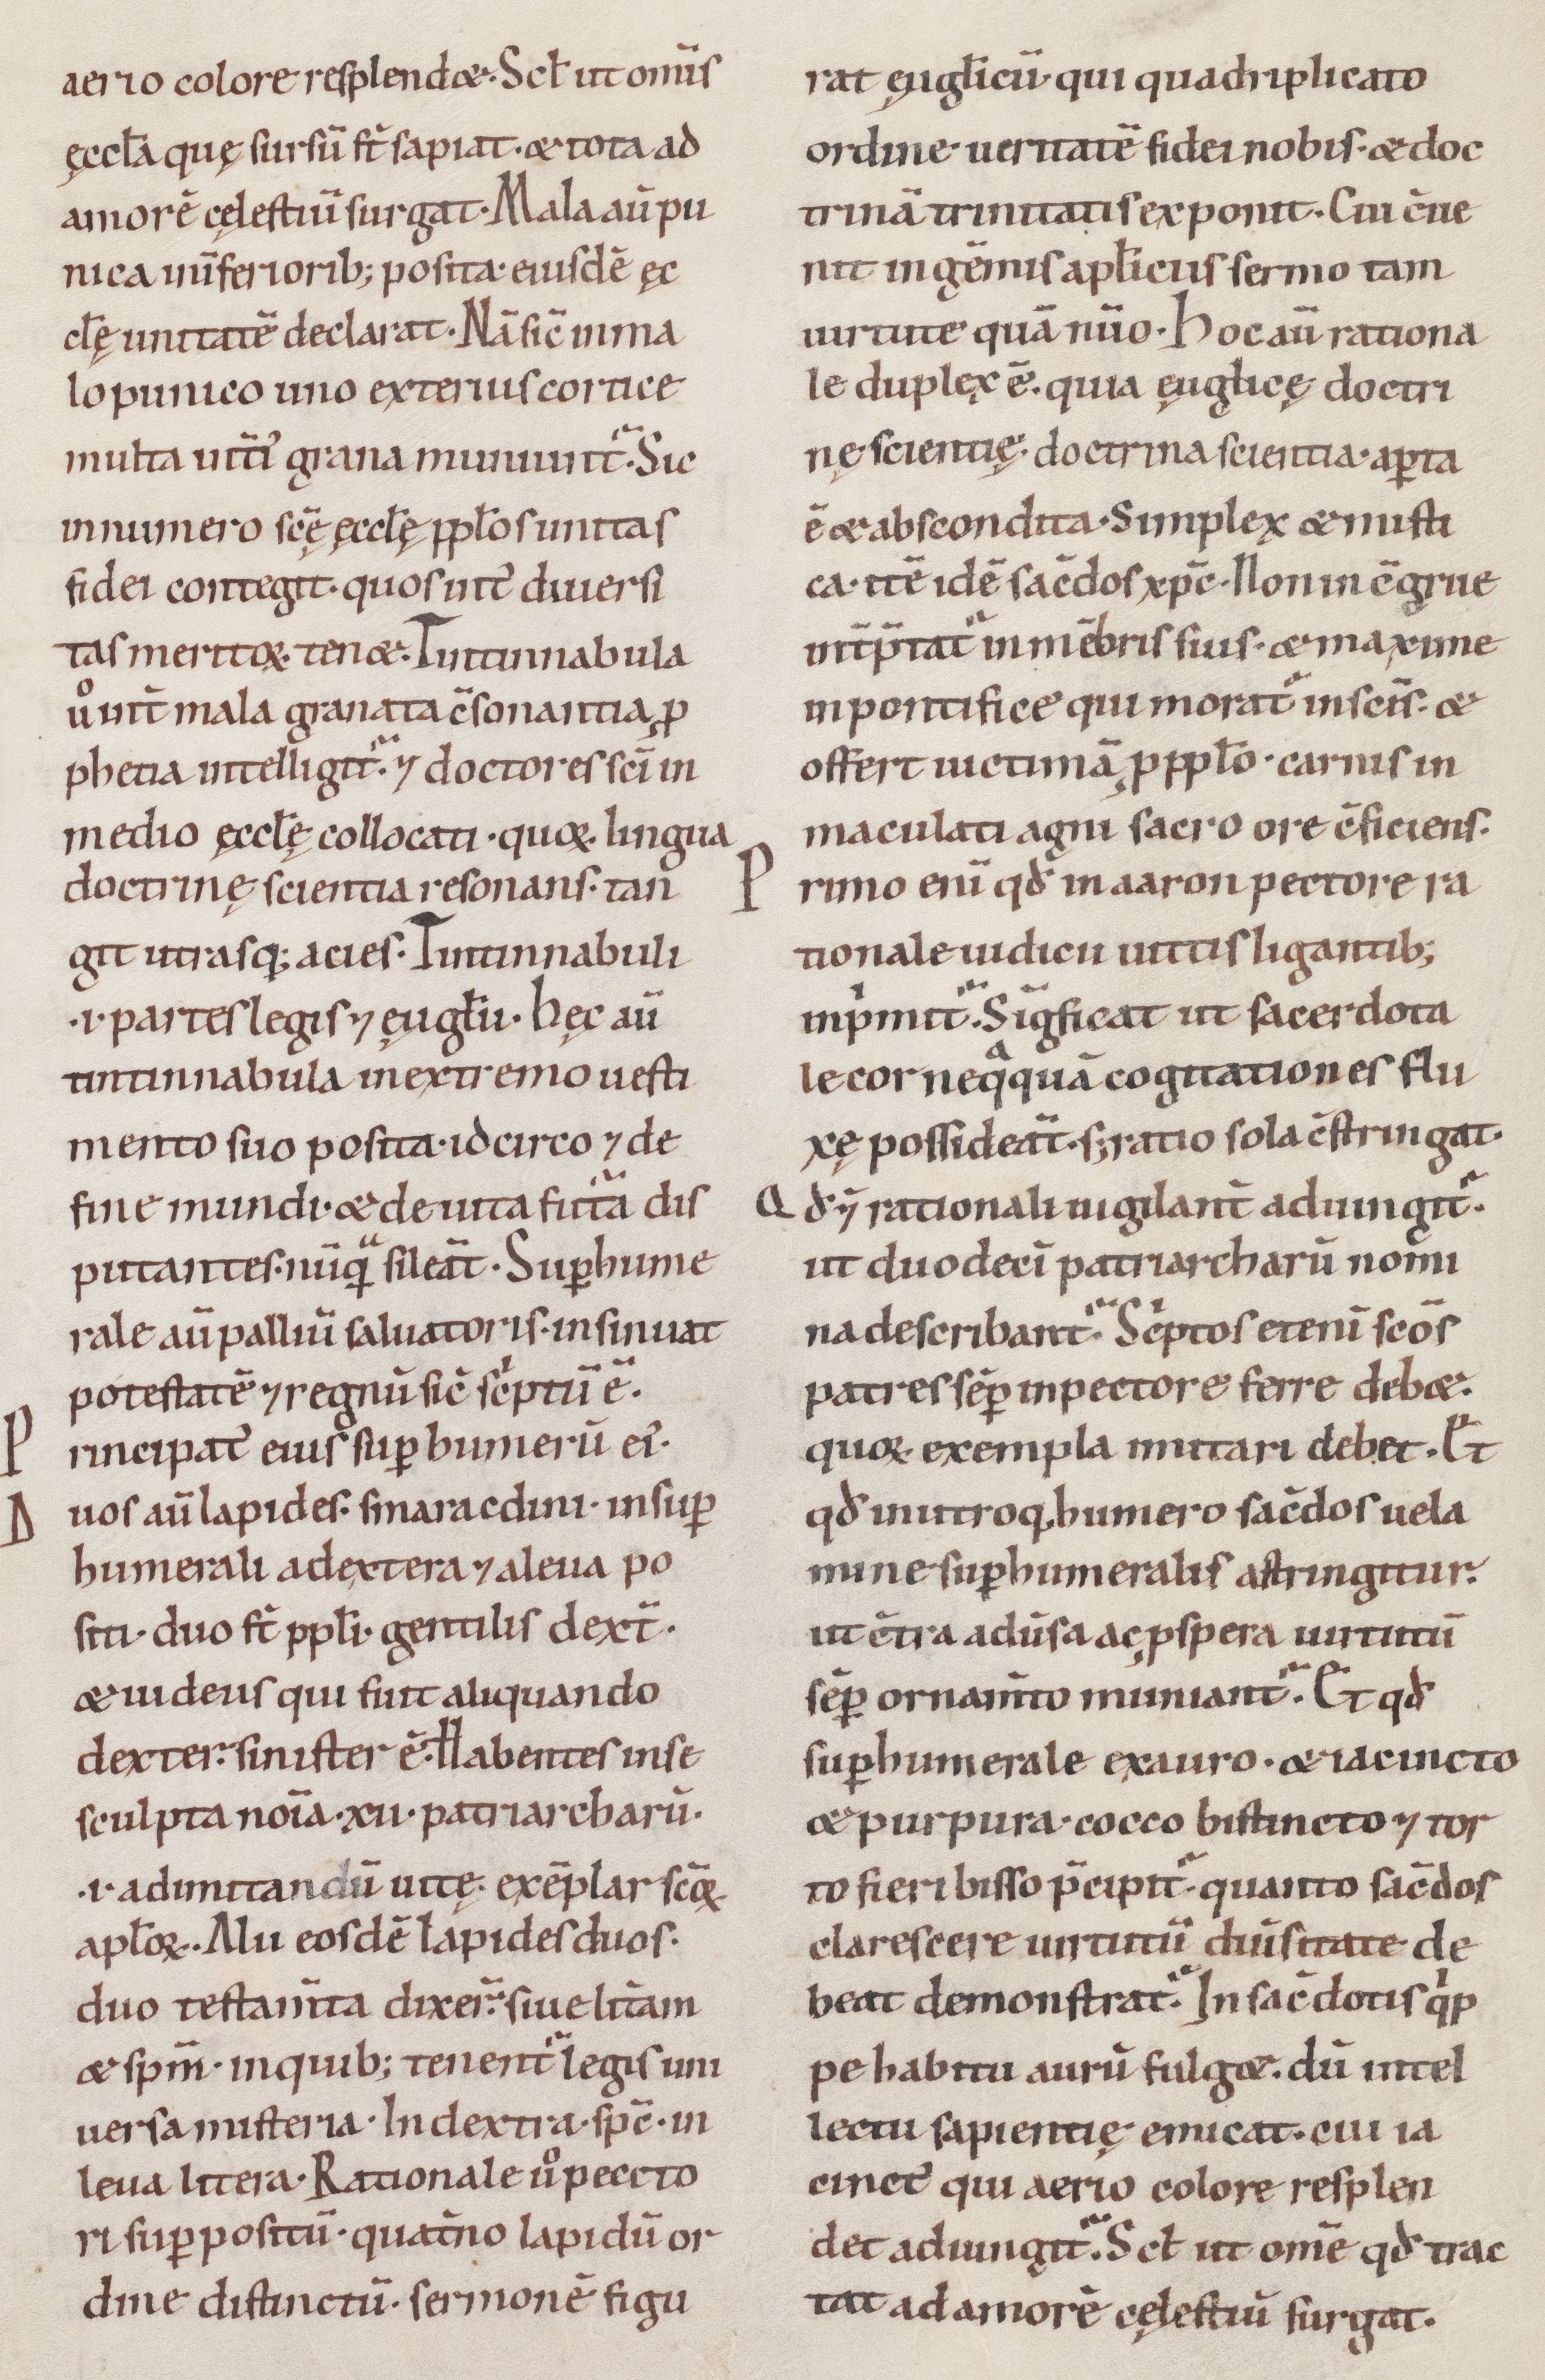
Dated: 1100–1199